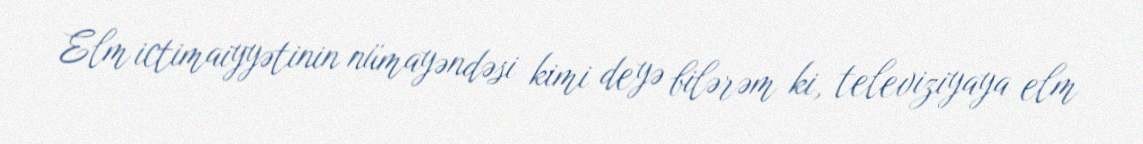
Elm ictimaiyyətinin nümayəndəsi kimi deyə bilərəm ki, televiziyaya elm